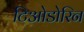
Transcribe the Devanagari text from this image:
टिओडोरिन